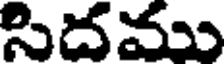
సిదము